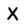
Character: X